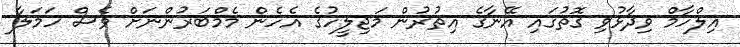
އިލްހާމް ވިދާޅުވި ގޮތުގައި އޭނާގެ އިތުރުން މަޖިލީހުގެ އެހެން މެމްބަރުންނަށް ވެސް ހަމަލާ